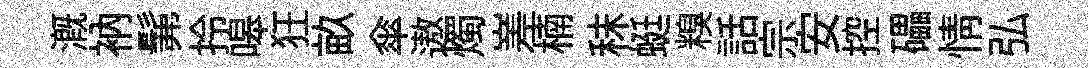
溉衲髴拎嗥狂畝傘遨燭嵳楠秣蜓糗話宗安控礧情弘